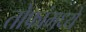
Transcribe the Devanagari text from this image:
तोफांमध्ये